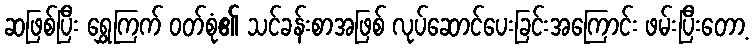
ဆဖြစ်ပြီး ရွှေကြက် ဝတ်စုံ၏ သင်ခန်းစာအဖြစ် လုပ်ဆောင်ပေးခြင်းအကြောင်း ဖမ်းပြီးတော့